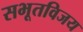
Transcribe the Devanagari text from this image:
सभूतविजय